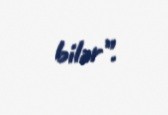
bilər”.